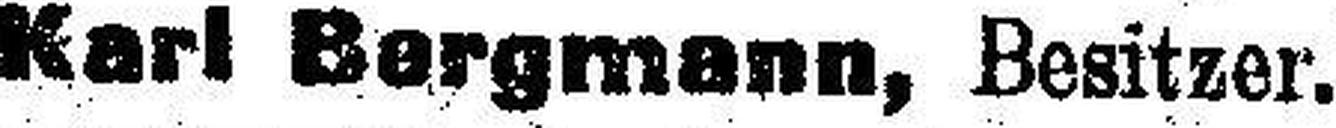
Karl Bergmann, Besitzer.